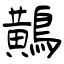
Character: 鷬